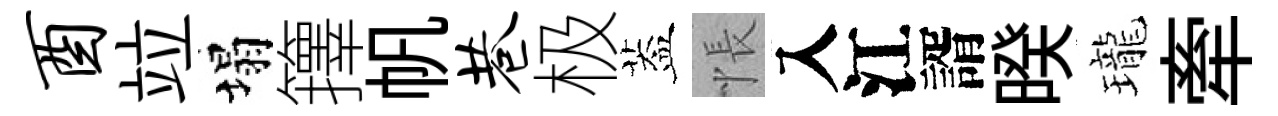
酉竝塌籜帆巷极葢悵入江諝暌瓏牽